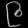
Digit: ၉